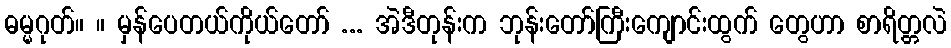
ဓမ္မဂုတ်။ ။ မှန်ပေတယ်ကိုယ်တော် ... အဲဒီတုန်းက ဘုန်းတော်ကြီးကျောင်းထွက် တွေဟာ စာရိတ္တလဲ